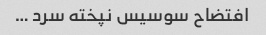
افتضاح سوسیس نپخته سرد …